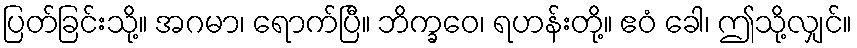
ပြတ်ခြင်းသို့။ အဂမာ၊ ရောက်ပြီ။ ဘိက္ခဝေ၊ ရဟန်းတို့။ ဧဝံ ခေါ၊ ဤသို့လျှင်။